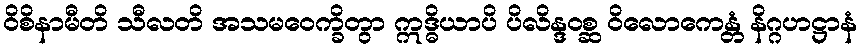
ဝိစိနာမီတိ သီလတိ အသမဝေက္ခိတွာ ဣဒ္ဓိယာပိ ပိလိန္ဒဝစ္ဆ ဝိလောကေန္တံ နိဂ္ဂဟဋ္ဌာနံ